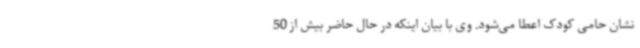
نشان حامی کودک اعطا می‌شود. وی با بیان اینکه در حال حاضر بیش از 50